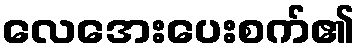
လေအေးပေးစက်၏